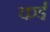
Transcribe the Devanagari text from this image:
कर्इं